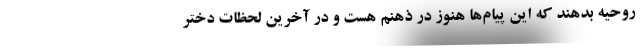
روحیه بدهند که این پیام‌ها هنوز در ذهنم هست و در آخرین لحظات دختر